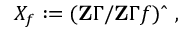
X _ { f } : = ( \mathbf { Z } \Gamma / \mathbf { Z } \Gamma f ) { \widehat { \ } } \ ,